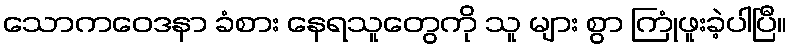
သောကဝေဒနာ ခံစား နေရသူတွေကို သူ များ စွာ ကြုံဖူးခဲ့ပါပြီ။